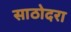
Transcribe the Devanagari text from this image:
साठोदरा